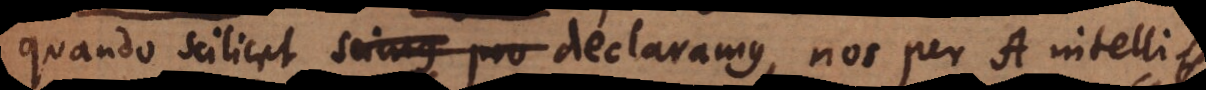
quando scilicet scimus pro declaramus, nos per A intelli